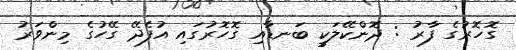
ގޮހޮރުގެ ފާރު : ދޮންކޭލަކީ ބަނޑާއި ގޮހޮރުގައި އުފެދޭ ގޭހުގެ މިންވަރު